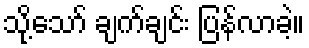
သို့သော် ချက်ချင်း ပြန်လာခဲ့။